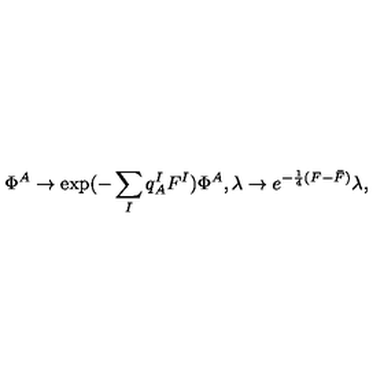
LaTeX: \Phi ^ { A } \to \exp ( - \sum _ { I } q _ { A } ^ { I } F ^ { I } ) \Phi ^ { A } , \lambda \rightarrow e ^ { - \frac { 1 } { 4 } ( F - \bar { F } ) } \lambda ,